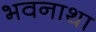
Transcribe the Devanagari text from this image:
भवनाथा